Burma Government Medical School reports 1923-41
Year: 1923
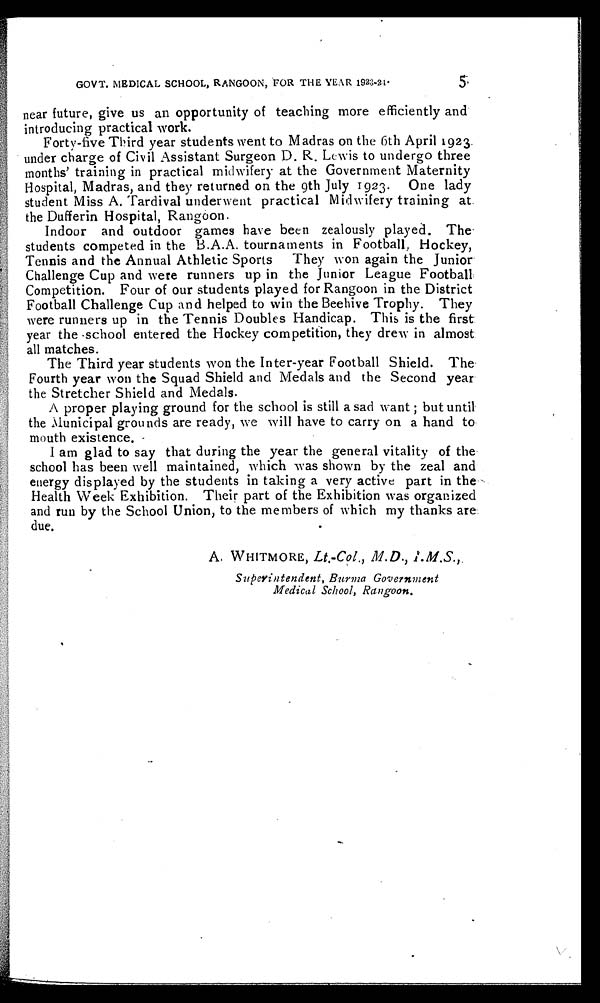
GOVT. MEDICAL SCHOOL, RANGOON, FOR THE YEAR 1923-24
5
near future, give us an opportunity of teaching more efficiently and
introducing practical work.
Forty-five Third year students went to Madras on the 6th April 1923
under charge of Civil Assistant Surgeon D. R. Lewis to undergo three
months' training in practical midwifery at the Government Maternity
Hospital, Madras, and they returned on the 9th July 1923. One lady
s t u d e n t Mi s s A. Ta r di va l unde r we nt pr a c t i c a l Mi dwi f e r y t r a i ni ng a t
the Dufferin Hospital, Rangoon.
Indoor and outdoor games have been zealously played. The
students competed in the B.A.A. tournaments in Football, Hockey,
Tennis and the Annual Athletic Sports They won again the Junior
Challenge Cup and were runners up in the Junior League Football
Competition. Four of our students played for Rangoon in the District
Football Challenge Cup and helped to win the Beehive Trophy. They
were runners up in the Tennis Doubles Handicap. This is the first
year the school entered the Hockey competition, they drew in almost
all matches.
The Third year students won the Inter-year Football Shield. The
Fourth year won the Squad Shield and Medals and the Second year
the Stretcher Shield and Medals.
A proper playing ground for the school is still a sad want ; but until
the Municipal grounds are ready, we will have to carry on a hand to
mouth existence.
I am glad to say that during the year the general vitality of the
school has been well maintained, which was shown by the zeal and
energy displayed by the students in taking a very active part in the
Health Week Exhibition. Their part of the Exhibition was organized
and run by the School Union, to the members of which my thanks are
due.
A. WHITMORE, Lt.-Col., M.D.,
I . M. S . , S u p e r i n t e n d e n t , Bu r ma Go v e r n me n t
Medical School, Rangoon.